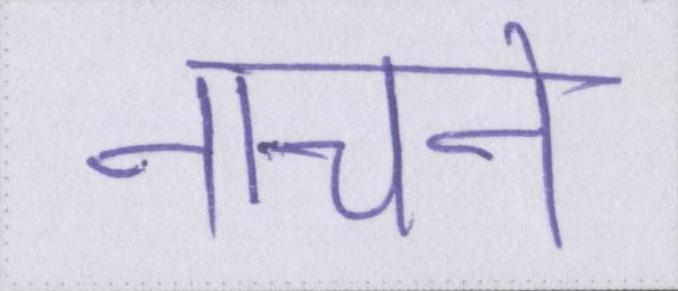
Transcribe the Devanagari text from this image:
नाचने